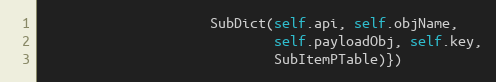
Language: Python
                     SubDict(self.api, self.objName,
                             self.payloadObj, self.key,
                             SubItemPTable)})